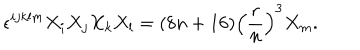
\epsilon ^ { i j k l m } X _ { i } X _ { j } X _ { k } X _ { l } = ( 8 n + 1 6 ) \left( \frac { r } { n } \right) ^ { 3 } X _ { m } .